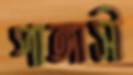
পাঙ্গাসী